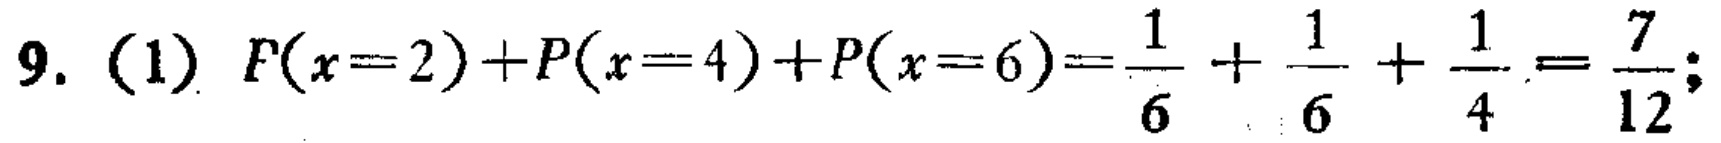
9. (1) \(P(x = 2)+P(x = 4)+P(x = 6)=\frac{1}{6}+\frac{1}{6}+\frac{1}{4}=\frac{7}{12}\);